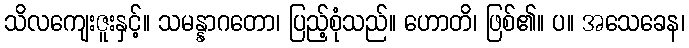
သိလကျေးဇူးနှင့်။ သမန္နာဂတော၊ ပြည့်စုံသည်။ ဟောတိ၊ ဖြစ်၏။ ပ။ အသေခေန၊